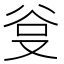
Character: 𭆮